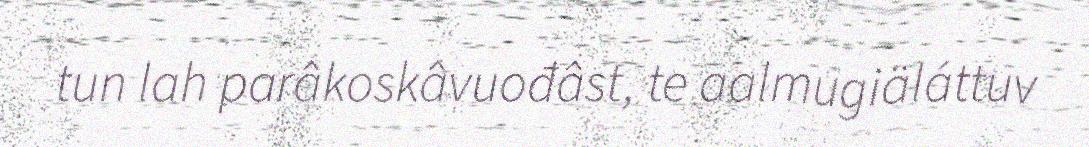
tun lah parâkoskâvuođâst, te aalmugiäláttuv